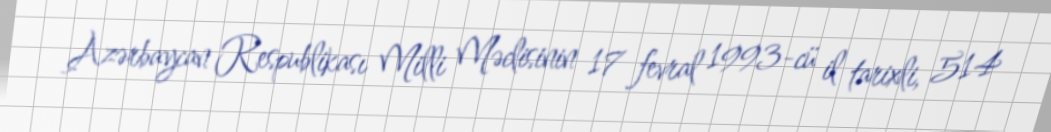
Azərbaycan Respublikası Milli Məclisinin 17 fevral 1993-cü il tarixli, 514